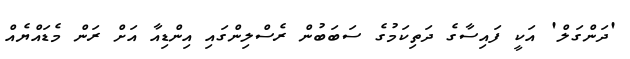
'ދަންގަލް' އަކީ ފައިސާގެ ދަތިކަމުގެ ސަބަބުން ރެސްލިންގައި އިންޑިއާ އަށް ރަން މެޑައްޔެއް